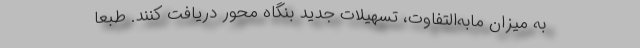
به میزان مابه‌التفاوت، تسهیلات جدید بنگاه محور دریافت کنند. طبعاً